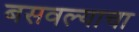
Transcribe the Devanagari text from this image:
बसवल्याचा